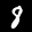
Label: 8